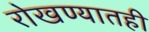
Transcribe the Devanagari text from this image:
रोखण्यातही